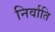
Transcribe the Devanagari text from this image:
निर्वाति